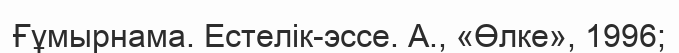
Ғұмырнама. Естелік-эссе. А., «Өлке», 1996;